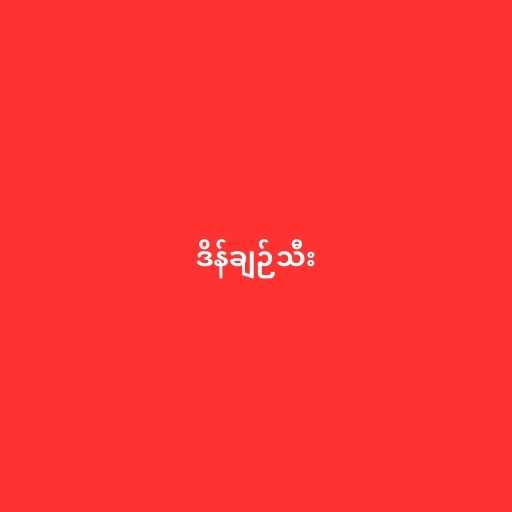
ဒိန်ချဉ်သီး